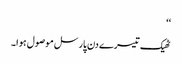
‘‘
ٹھیک تیسرے دن پارسل موصول ہوا۔